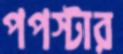
পপস্টার